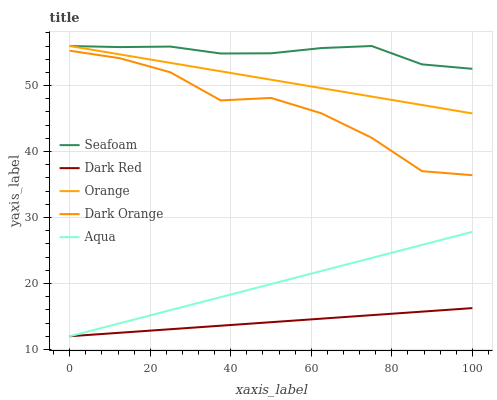
| xaxis_label | Seafoam | Dark Red | Orange | Dark Orange | Aqua |
 | --- | --- | --- | --- | --- | --- |
 | 0 | 56 | 12 | 56 | 55.3 | 12 |
 | 12.5 | 55.8 | 12.5 | 54.7 | 54.1 | 14 |
 | 25 | 55.9 | 13.1 | 53.4 | 52 | 16 |
 | 37.5 | 54.9 | 13.6 | 52.2 | 47.8 | 17.9 |
 | 50 | 54.9 | 14.1 | 50.9 | 48.1 | 19.9 |
 | 62.5 | 55.7 | 14.7 | 49.6 | 45.8 | 21.9 |
 | 75 | 56 | 15.2 | 48.3 | 42.1 | 23.9 |
 | 87.5 | 53.2 | 15.7 | 47.1 | 37 | 25.8 |
 | 100 | 52.5 | 16.3 | 45.8 | 36.4 | 27.8 |